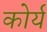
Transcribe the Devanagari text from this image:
कोर्य